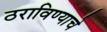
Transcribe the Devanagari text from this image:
ठराविण्याचे